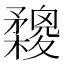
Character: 𣟮